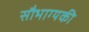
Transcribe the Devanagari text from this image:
सौभाग्यकी